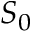
S _ { 0 }